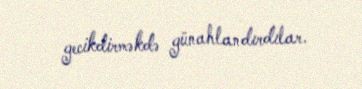
gecikdirməkdə günahlandırdılar.